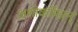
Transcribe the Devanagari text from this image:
अशोकमित्रन्